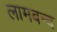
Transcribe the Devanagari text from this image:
लामबन्द